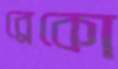
ব্রেকো